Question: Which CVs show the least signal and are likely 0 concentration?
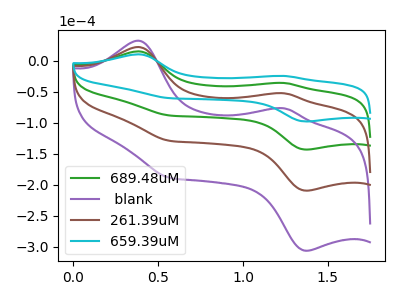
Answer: <think>The green curve "689.48uM" has anodic peaks at (0.40V, 15.10uA) (1.25V, -36.00uA) and cathodic peaks at (1.35V, -143.35uA) (0.55V, -88.30uA). The purple curve " blank" has anodic peaks at (0.40V, 45.25uA) (1.25V, -107.95uA) and cathodic peaks at (1.35V, -430.00uA) (0.55V, -264.90uA). The brown curve "261.39uM" has anodic peaks at (0.40V, 30.15uA) (1.25V, -72.00uA) and cathodic peaks at (1.35V, -286.65uA) (0.55V, -176.60uA). The cyan curve "659.39uM" has anodic peaks at (0.40V, 10.30uA) (1.25V, -24.60uA) and cathodic peaks at (1.35V, -98.00uA) (0.55V, -60.40uA).</think>
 <answer>There are not any CV's on this graph that are likely to be blanks.</answer>
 <eval>none</eval>